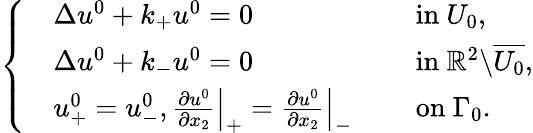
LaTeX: \begin{array}{r}{\left\{ \begin{array}{rlrl}&{\Delta u^{0}+k_{+}u^{0}=0}&&{\mathrm{~in~}U_{0},}\\ &{\Delta u^{0}+k_{-}u^{0}=0}&&{\mathrm{~in~}\mathbb{R}^{2}\backslash\overline{{U_{0}}},}\\ &{u_{+}^{0}=u_{-}^{0},\left.\frac{\partial u^{0}}{\partial x_{2}}\right|_{+}=\left.\frac{\partial u^{0}}{\partial x_{2}}\right|_{-}}&&{\mathrm{~on~}\Gamma_{0}.}\end{array}\right.}\end{array}